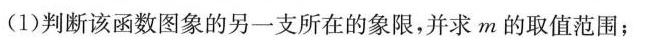
(1)判断该函数图象的另一支所在的象限，并求m的取值范围；